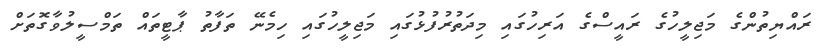
ރައްޔިތުންގެ މަޖިލީހުގެ ރައީސްގެ އަރިހުގައި މިދަތުރުފުޅުގައި މަޖިލީހުގައި ހިމެނޭ ތަފާތު ޕާޓީތައް ތަމްސީލުވާގޮތަށް